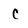
Character: c